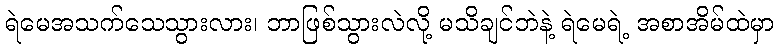
ရဲမေအသက်သေသွားလား၊ ဘာဖြစ်သွားလဲလို့ မသိချင်ဘဲနဲ့ ရဲမေရဲ့ အစာအိမ်ထဲမှာ